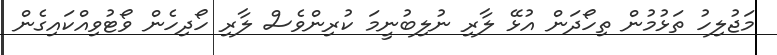
މަޖުލިހު ތަޅުމުން ތިހޯދަން އުޅޭ ލާރި ނުލިބުނީމަ ކުރިންވެސް ލާރި ހޯދިހެން ވޯޓުވިއްކައިގެން